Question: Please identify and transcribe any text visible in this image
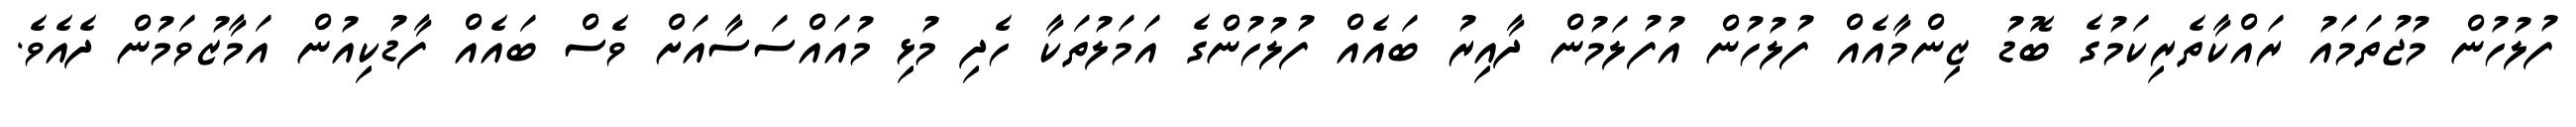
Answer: ފުލުހުން މުޖުތަމައު ރައްކާތެރިކަމުގެ ބޮޑު ޒިންމާއެއް ފުލުހުން އުފުލަމުން ދާއިރު ބައެއް ފުލުހުންގެ އަމަލުތަކާ ހެދި މުޅި މުއައްސަސާއަށް ވެސް ބައެއް ފާޑުކިއުން އަމާޒުވަމުން ދެއެވެ.